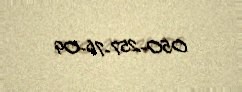
050-257-76-09